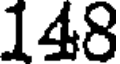
148